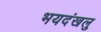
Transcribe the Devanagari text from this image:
भयदंखलु